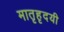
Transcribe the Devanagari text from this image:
मातृहृदयी